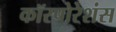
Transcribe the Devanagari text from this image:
कॉरपोरेशंस